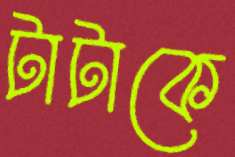
টাটাকে